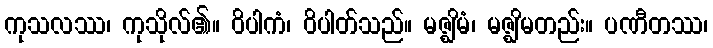
ကုသလဿ၊ ကုသိုလ်၏။ ဝိပါကံ၊ ဝိပါတ်သည်။ မဇ္ဈိမံ၊ မဇ္ဈိမတည်း။ ပဏီတဿ၊